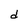
Character: d